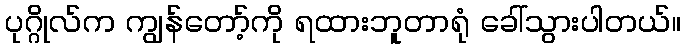
ပုဂ္ဂိုလ်က ကျွန်တော့်ကို ရထားဘူတာရုံ ခေါ်သွားပါတယ်။